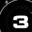
Digit: 3